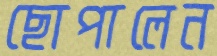
ছোপালেন